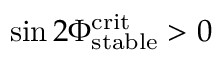
\sin 2 \Phi _ { \mathrm { s t a b l e } } ^ { \mathrm { c r i t } } > 0